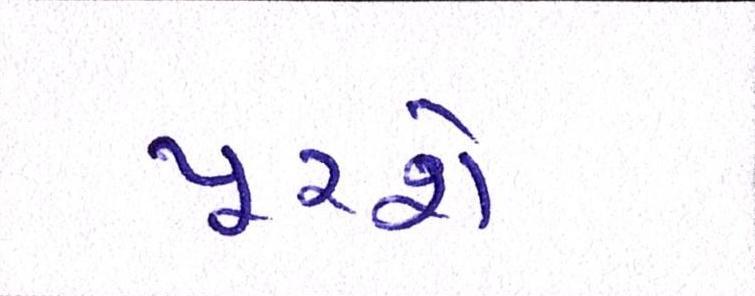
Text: પૂરશે